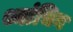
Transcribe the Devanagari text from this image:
थ्यांचिन